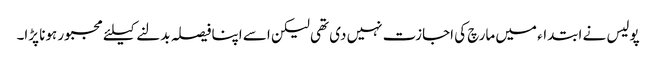
پولیس نے ابتداء میں مارچ کی اجازت نہیں دی تھی لیکن اسے اپنا فیصلہ بدلنے کیلئے مجبور ہونا پڑا۔